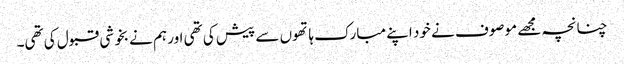
چنانچہ مجھے موصوف نے خود اپنے مبارک ہاتھوں سے پیش کی تھی اور ہم نے بخوشی قبول کی تھی۔